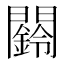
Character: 𮤧